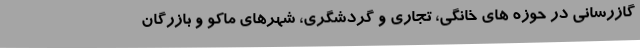
گازرسانی در حوزه های خانگی، تجاری و گردشگری، شهرهای ماکو و بازرگان